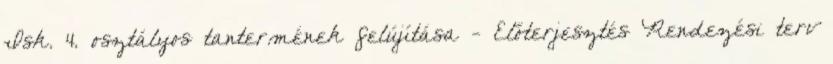
Isk. 4. osztályos tantermének felújítása - Előterjesztés Rendezési terv